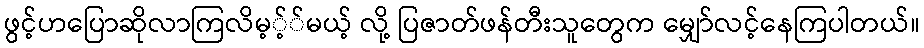
ဖွင့်ဟပြောဆိုလာကြလိမ့့််မယ့် လို့ ပြဇာတ်ဖန်တီးသူတွေက မျှော်လင့်နေကြပါတယ်။